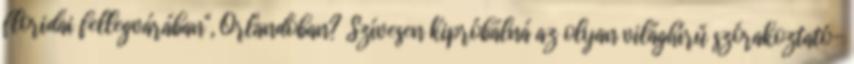
floridai fellegvárában", Orlandoban? Szívesen kipróbálná az olyan világhírű szórakoztató-